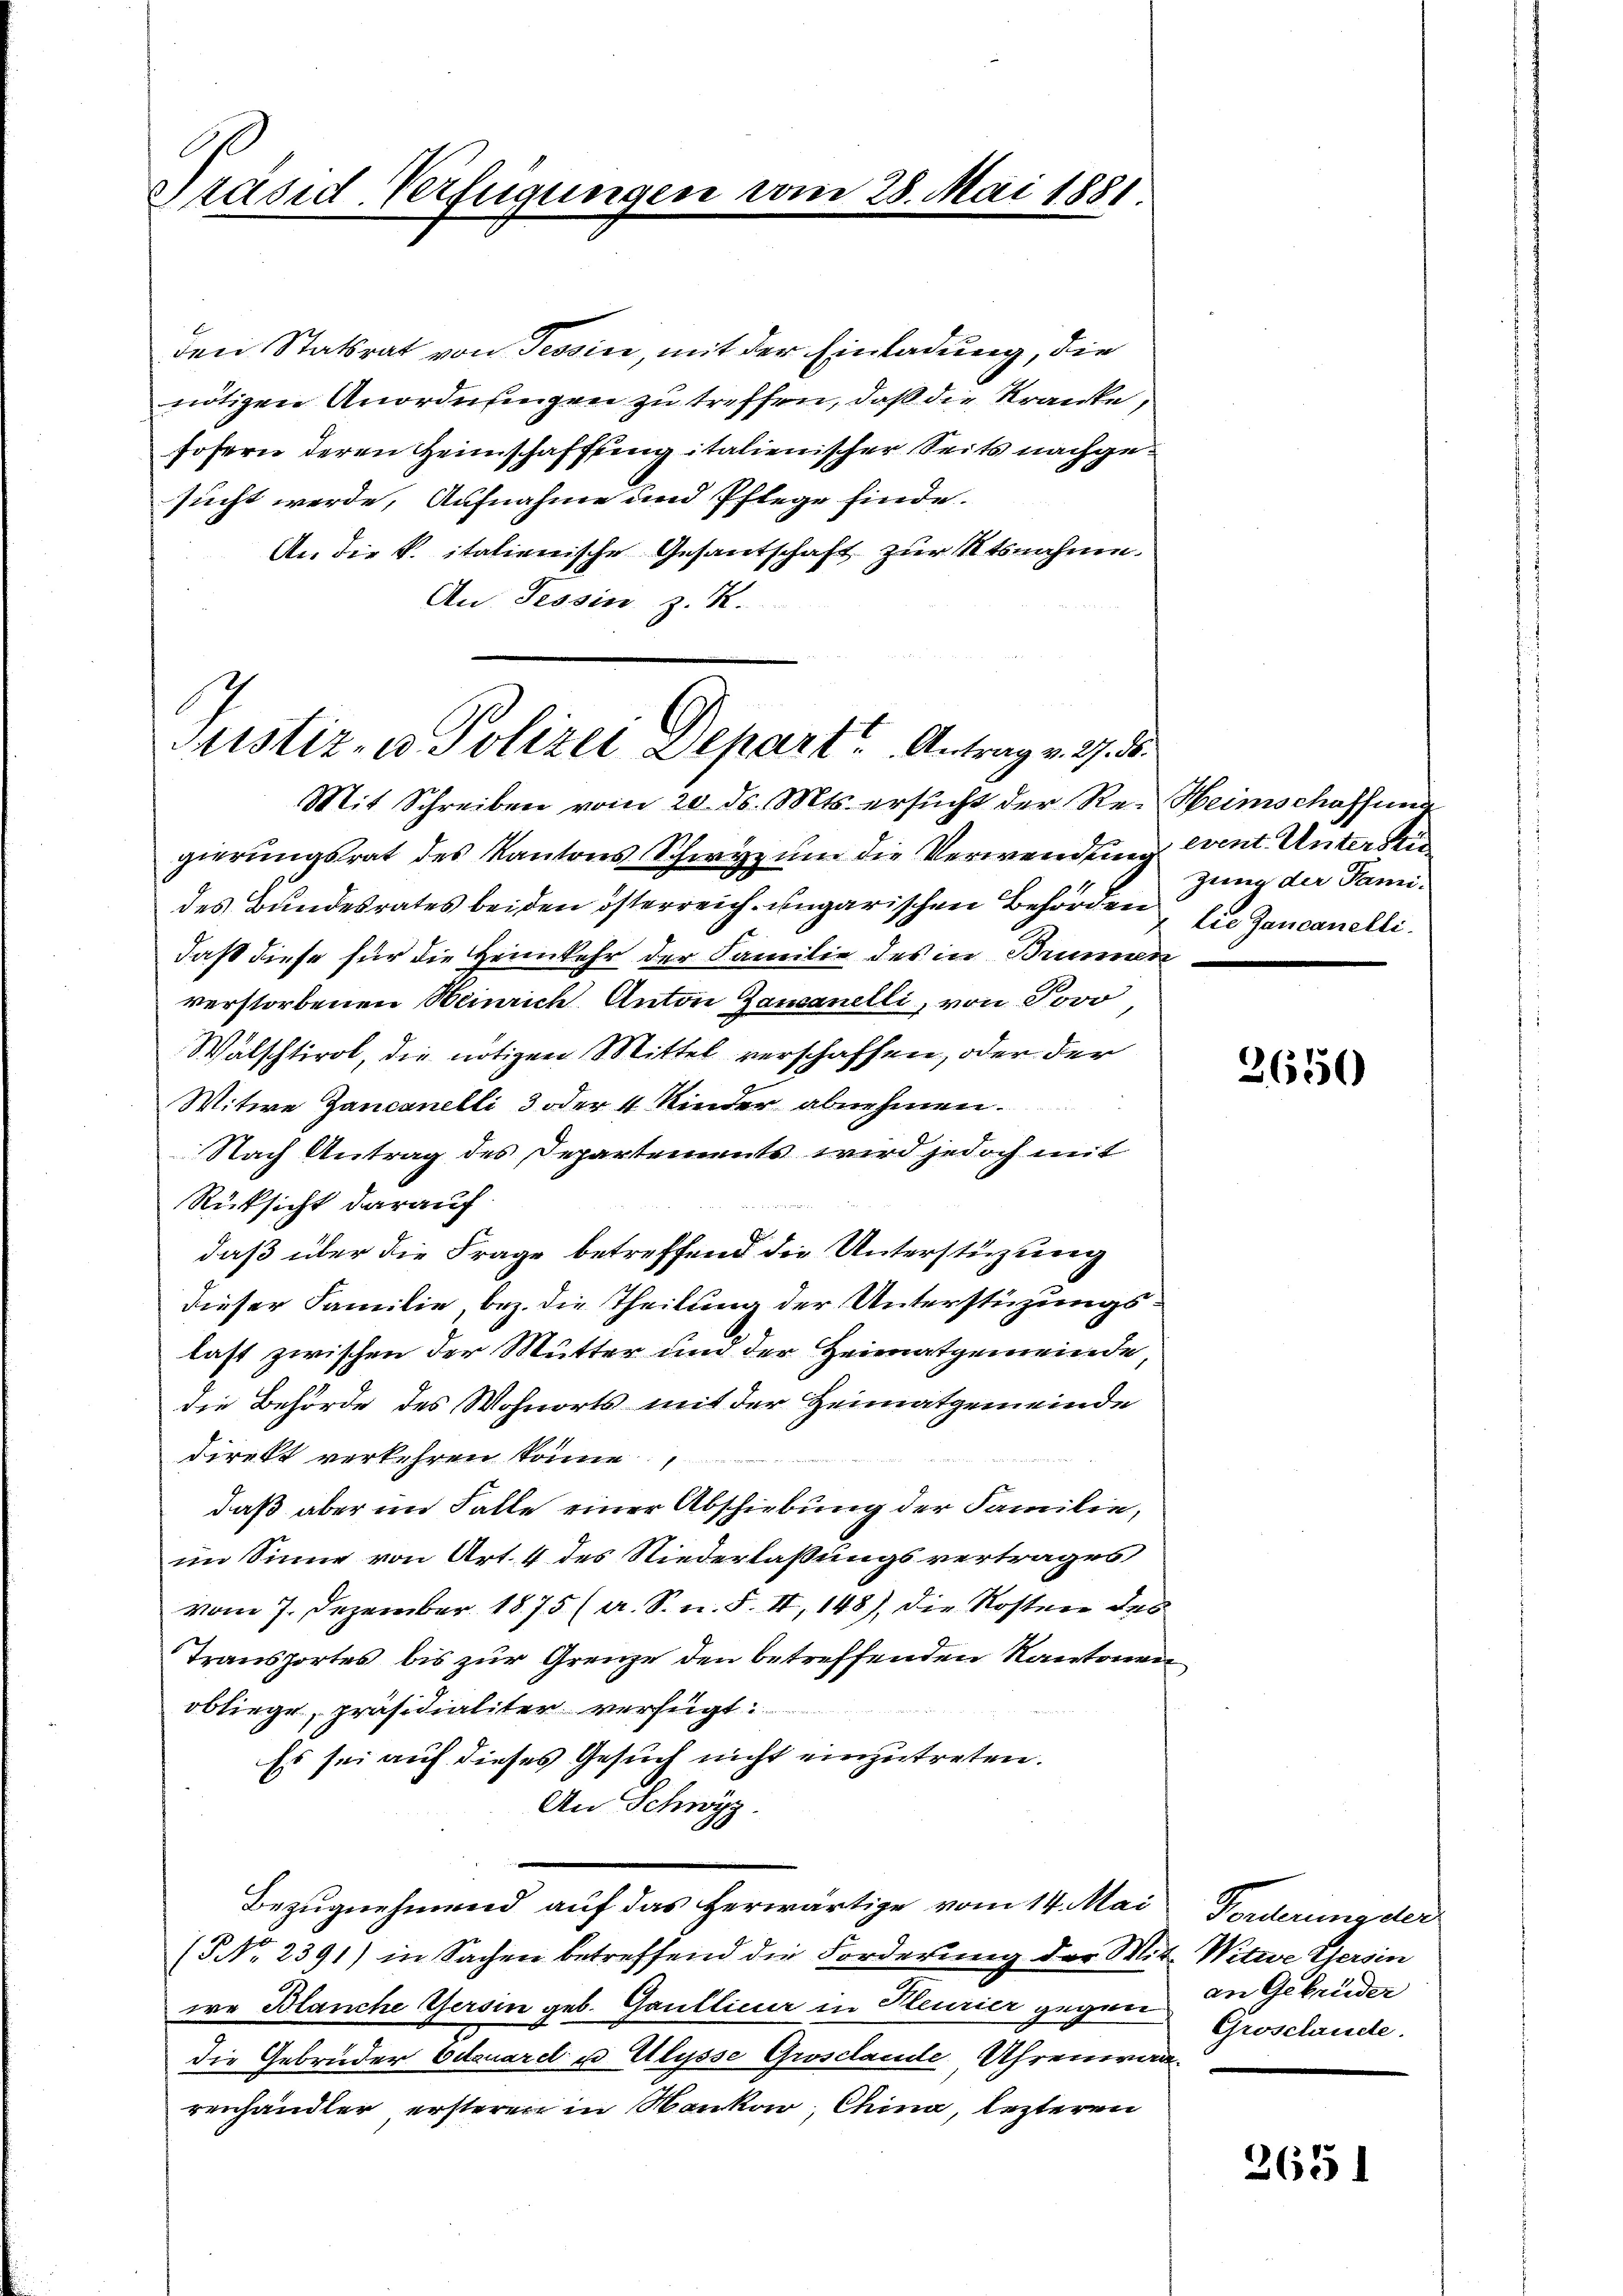
Präsid. Verfügunger

den Statsrat von Tessin, mit der Einladung, die
nötigen Anordnungen zu treffen, daß die Kranke,
sofern deren Heimschaffungitalienischer Seits nachgesucht werde, Aufnahme und Pflege finde.
An die K. italienische Gesantschaft zur Rtsnahme.
An Tessin z. K.

28. Mai 1881

Justiz- u Polizei Depart. Antrag v. 2. d.

Mit Schreiben vom 20. ds. Mts. ersucht der Re-Heimschaffung
gierungsrat des Kantons Schwyz um die Verwendung event. Unterste
des Bundesrates bei den österreich ungarischen Behörden, die Zancanellidaß diese für die Heimkehr der Familie des in Brunnen
verstorbenen Heinrich Anton Gausanelli, von Jovo
Walschtirol, die nötigen Mittel verschaffen, oder der
Witwe Zancanelli 3 oder 4 Kinder abnehmen.
Nach Antrag des Departements wird jedoch mit
Rücksicht darauf
daß über die Frage betreffend die Unterstüzung
dieser Familie, bez. die Theilung der Unterstüzungslast zwischen der Mutter und der Heimatgemeinde,
die Behörde des Wohnorts mit der Heimatgemeinde
direkt verkehren könne,
daß aber im Falle einer Abschiebung der Familie,
im Sinne von Art. 4 des Niederlaßungsvertrages
vom 7. Dezember 1875 (a. S. n. F. II, 148), die Kosten des
Transportes bis zur Grenze den betreffenden Kantonen
obliege, präsidialiter verfügt:
Es sei auf dieses Gesuch nicht einzutreten.
An Schwyz.
Bezugnehmend auf das herwärtige vom 14. Mai
(NNo. 2391) in Sachen betreffend die Forderung der Mit Witwe Gersin
we Blanche Gersin geb. Gaublicur in Meurier gegen in Gebrüder
die Gebrüder Eduard u Ulysse Grosclande Uhrenwarrenhändler ersteren in Mankar, China, lezteren

zung der Fami¬

2

2650

Forderung der
Grosclande.

2631